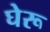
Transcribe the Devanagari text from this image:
घेरू